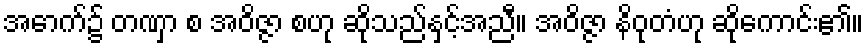
အောက်၌ တဏှာ စ အဝိဇ္ဇာ စဟု ဆိုသည်နှင့်အညီ။ အဝိဇ္ဇာ နိဝုတံဟု ဆိုကောင်း၏။